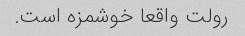
رولت واقعا خوشمزه است.